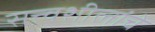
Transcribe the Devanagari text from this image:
सत्त्वशीलांचे